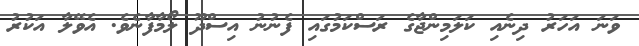
ވަނަ އަހަރު ދިނެއި ކަލަމިންޖާގެ ރަސްކަމުގައި ފެނުނު އިސްދޫ ލޯމާފާނެވެ. އެވޭލާ އަކުރު